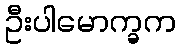
ဦးပါမောက္ခက